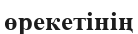
өрекетінің